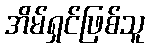
အိမ်ရှင်ဖြစ်သူ